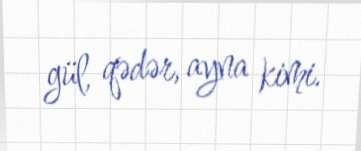
gül, qədər, ayna kimi.